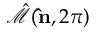
\hat { \mathcal { M } } ( { \bf \hat { n } } , 2 \pi )